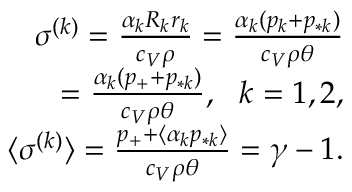
\begin{array} { r } { \sigma ^ { ( k ) } = \frac { \alpha _ { k } R _ { k } r _ { k } } { c _ { V } \rho } = \frac { \alpha _ { k } ( p _ { k } + p _ { * k } ) } { c _ { V } \rho \theta } } \\ { = \frac { \alpha _ { k } ( p _ { + } + p _ { * k } ) } { c _ { V } \rho \theta } , \ \ k = 1 , 2 , } \\ { \langle \sigma ^ { ( k ) } \rangle = \frac { p _ { + } + \langle \alpha _ { k } p _ { * k } \rangle } { c _ { V } \rho \theta } = \gamma - 1 . } \end{array}